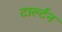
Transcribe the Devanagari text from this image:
टार्ल्टन